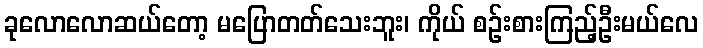
ခုလောလောဆယ်တော့ မပြောတတ်သေးဘူး၊ ကိုယ် စဉ်းစားကြည့်ဦးမယ်လေ